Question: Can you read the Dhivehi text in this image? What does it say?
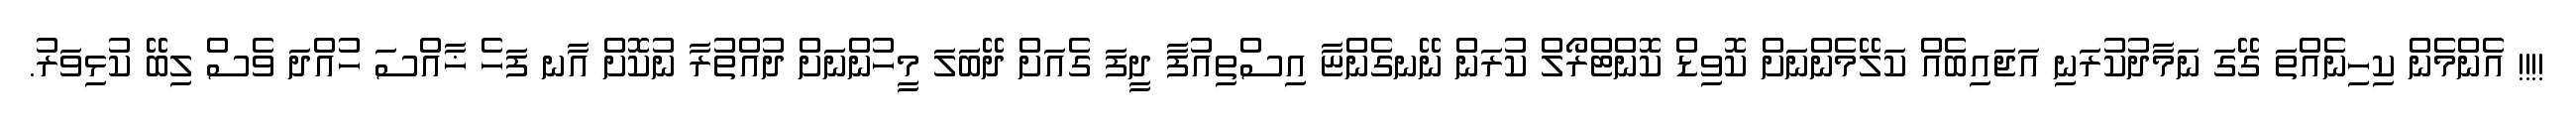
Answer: !!!! އެންމެން ކިހިނެއްތަ ގޭގަ ނަމާދުކުރަނި އަޖައިބެއް ކަލޭމެންނަށް ކޮވިޑް ކޮންޓްރޯލް ކުރަން ނޭނގެންޏާ އިސްތިއުފާ ދީފަ ގެއަށް ދޭބަލަ މީހުންނަށް ދުއްތުރާ ނުކޮށް އާނ ފަހެ ޚާއްސަ ހުއްދަ ވެސް ލިބޭ ކުޅިވަރު.